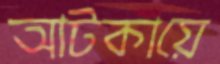
আটকায়ে